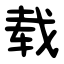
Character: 载